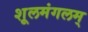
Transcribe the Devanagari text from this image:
शूलमंगलम्‌